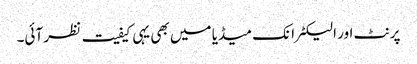
پرنٹ اور الیکٹرانک میڈیا میں بھی یہی کیفیت نظر آئی۔